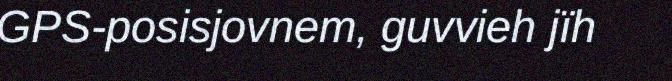
GPS-posisjovnem, guvvieh jïh